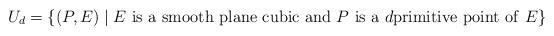
LaTeX: \begin{align*}U_d=\left\{(P,E)\mid E\ {\rm is\ a\ smooth\ plane\ cubic\ and\ }P{\rm \ is\ a\ }d{\rm primitive\ point\ of\ }E\right\}\end{align*}